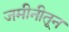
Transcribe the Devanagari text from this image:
जमीनीतून